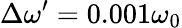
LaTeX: \Delta\omega^{\prime}=0.001\omega_{0}